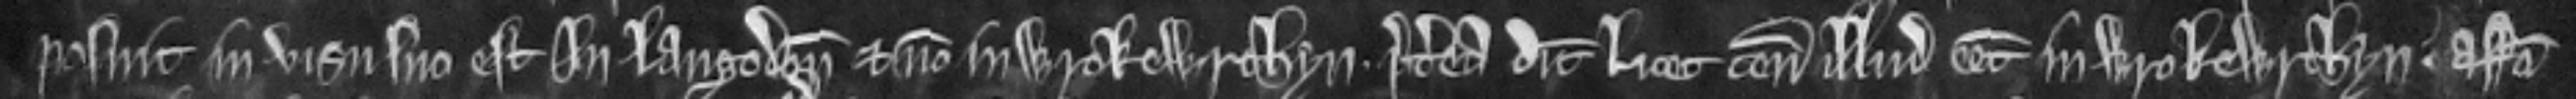
posuit in visu suo est in Langodon et non in Wrokewrthyn. Preterea dicit licet tenementum illud esset in Wrokewrthyn. assisa